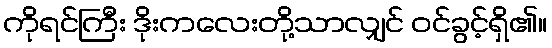
ကိုရင်ကြီး ဒိုးကလေးတို့သာလျှင် ဝင်ခွင့်ရှိ၏။